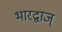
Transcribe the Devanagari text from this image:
भारद्वाज्